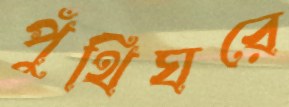
পুঁথিঘরে